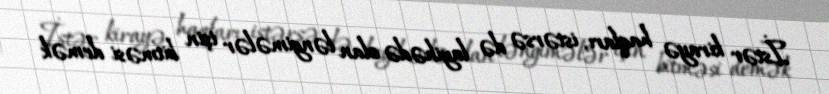
İstər kirayə haqları, istərsə də layihədə olan ləngimələr işin bitməsi demək